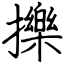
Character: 擽